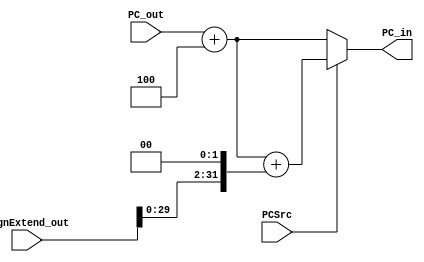

module PC_control(PC_out, signExtend_out, PCSrc, PC_in);

	input [31:0] PC_out;
	input [31:0] signExtend_out;
	input PCSrc; // from control unit
	
	output [31:0] PC_in;
	
	wire [31:0] incr; 
	
	assign incr = PC_out + 4;// increments PC by 4
	
	assign PC_in = PCSrc ? (incr + (signExtend_out << 2)):(incr);
	
	endmodule